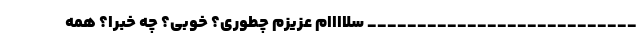
___________________________ سلاااام عزیزم چطوری؟ خوبی؟ چه خبرا؟ همه